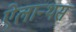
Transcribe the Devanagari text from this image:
ऐलान्थस